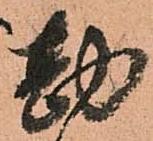
勘